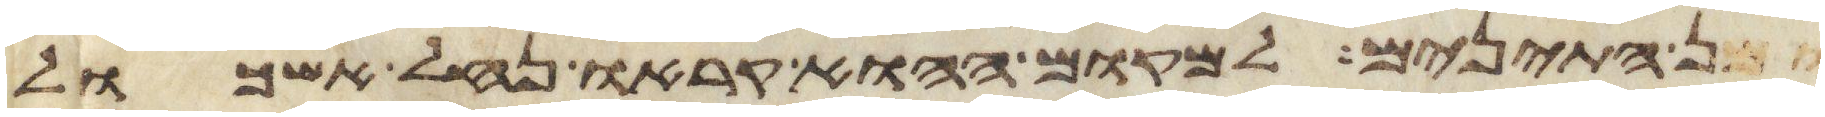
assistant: ומן התאנים למקום ההוא קראו נחל אשכול